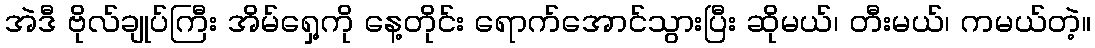
အဲဒီ ဗိုလ်ချုပ်ကြီး အိမ်ရှေ့ကို နေ့တိုင်း ရောက်အောင်သွားပြီး ဆိုမယ်၊ တီးမယ်၊ ကမယ်တဲ့။